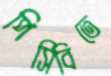
পিসিবিতে